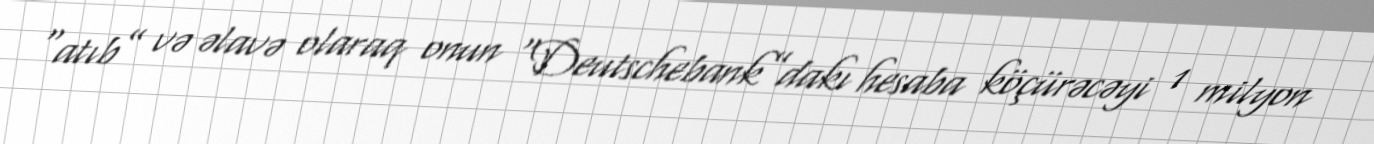
“atıb” və əlavə olaraq onun “Deutschebank”dakı hesaba köçürəcəyi 1 milyon